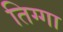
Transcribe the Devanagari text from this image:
तिग्गा